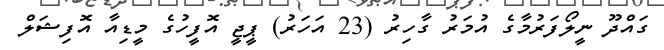
ގައްދޫ ނީލޯފަރުމާގެ އުމަރު ގާހިރު (23 އަހަރު) ޕީޖީ އޮފީހުގެ މީޑިއާ އޮފިޝަލް